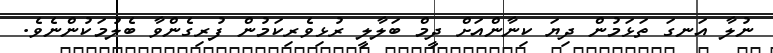
ނުލާ އަނގަ ތަޅަމުން ދިޔަ ކިނާންއަށް ދީމް ބަލާލީ ރުޅިވެރިކަމުން ފުރިގެންވާ ބެލުމަކުންނެވެ.